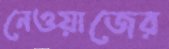
নেওয়াজের